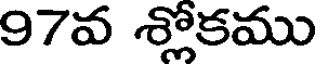
97వ శ్లోకము